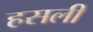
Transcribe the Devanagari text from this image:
हसली